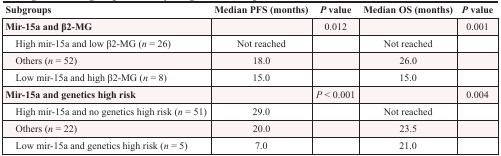
<table><thead><tr><td><b>Subgroups</b></td><td><b>Median PFS (months)</b></td><td><b><i>P</i> value</b></td><td><b>Median OS (months)</b></td><td><b><i>P</i> value</b></td></tr></thead><tbody><tr><td><b>Mir-15a and β2-MG</b></td><td></td><td>0.012</td><td></td><td>0.001</td></tr><tr><td>High mir-15a and low β2-MG (<i>n</i> = 26)</td><td>Not reached</td><td></td><td>Not reached</td><td></td></tr><tr><td>Others (<i>n</i> = 52)</td><td>18.0</td><td></td><td>26.0</td><td></td></tr><tr><td>Low mir-15a and high β2-MG (<i>n</i> = 8)</td><td>15.0</td><td></td><td>15.0</td><td></td></tr><tr><td><b>Mir-15a and genetics high risk</b></td><td></td><td><i>P</i> &lt; 0.001</td><td></td><td>0.004</td></tr><tr><td>High mir-15a and no genetics high risk (<i>n</i> = 51)</td><td>29.0</td><td></td><td>Not reached</td><td></td></tr><tr><td>Others (<i>n</i> = 22)</td><td>20.0</td><td></td><td>23.5</td><td></td></tr><tr><td>Low mir-15a and genetics high risk (<i>n</i> = 5)</td><td>7.0</td><td></td><td>21.0</td><td></td></tr></tbody></table>